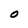
Character: O